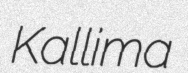
Kallima